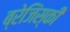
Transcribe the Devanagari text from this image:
ब्रेजिंस्की